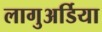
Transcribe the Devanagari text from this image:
लागुअर्डिया